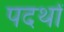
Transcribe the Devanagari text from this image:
पदर्थों